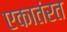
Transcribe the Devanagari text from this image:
एकातंरत